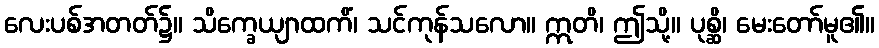
လေးပစ်အတတ်၌။ သိက္ခေယျာထကိံ၊ သင်ကုန်သလော။ ဣတိ၊ ဤသို့။ ပုစ္ဆိ၊ မေးတော်မူ၏။